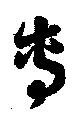
專